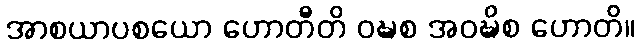
အာစယာပစယော ဟောတီတိ ဝဍ္ဎစ အဝဍ္ဎိစ ဟောတိ။